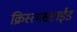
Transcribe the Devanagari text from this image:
क्रिस्त्मसटाईड